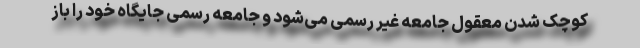
کوچک شدن معقول جامعه غیر رسمی می‌شود و جامعه رسمی جایگاه خود را باز